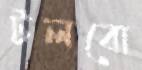
টলবো